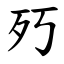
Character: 㱙